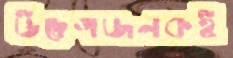
উদ্বেগজনকই